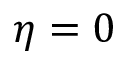
\eta = 0